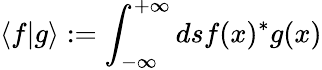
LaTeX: \langle f\rvert g\rangle:=\int_{-\infty}^{+\infty}dsf(x)^{*}g(x)